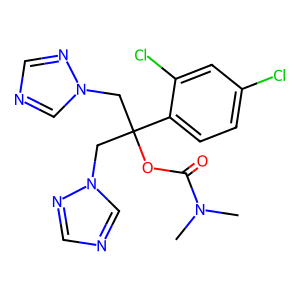
SMILES: CN(C)C(=O)OC(Cn1cncn1)(Cn1cncn1)c1ccc(Cl)cc1Cl
Inhibits HIV replication: No